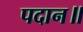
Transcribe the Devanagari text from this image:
पदान॥